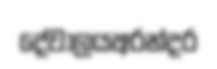
දේවාලයඅරන්දර